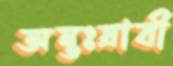
অন্তঃস্রাবী